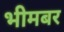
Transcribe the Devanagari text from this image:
भीमबर